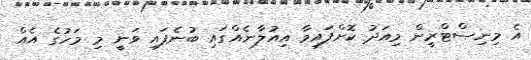
އެ މިނިސްޓްރީން މިއަދު ކޮށްފައިވާ އިއުލާނެއްގައި ބުނެފައި ވަނީ މި މަހުގެ އެއް